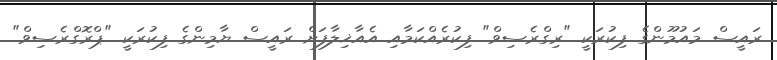
ރައީސް މައުމޫންގެ ފިކުރަކީ "ރިގްރެސިވް" ފިކުރެއްކަމާއި އެއާޚިލާފަށް ރައީސް ޔާމިންގެ ފިކުރަކީ "ޕްރޮގްރެސިވް"